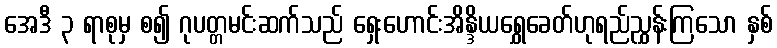
အေဒီ ၃ ရာစုမှ စ၍ ဂုပတ္တမင်းဆက်သည် ရှေးဟောင်းအိန္ဒိယရွှေခေတ်ဟုရည်ညွှန်းကြသော နှစ်